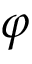
\varphi